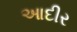
આદીર